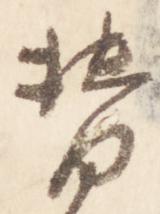
替